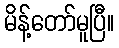
မိန့်တော်မူပြီ။